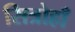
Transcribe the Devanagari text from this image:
सित्रोहाँ